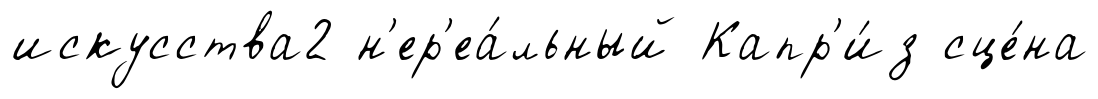
искусства2 н'ер'еа́льный Капр'и́з сце́на